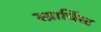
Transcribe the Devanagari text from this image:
स्य्नार्चिस्ट